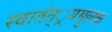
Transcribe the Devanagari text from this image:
स्वातंत््रयमूलक